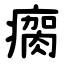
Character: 瘸